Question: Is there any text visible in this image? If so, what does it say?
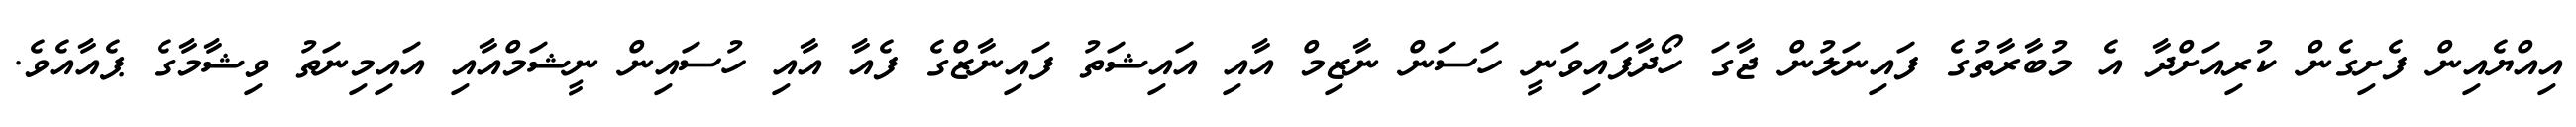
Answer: އިއްޔެއިން ފެށިގެން ކުރިއަށްދާ އެ މުބާރާތުގެ ފައިނަލުން ޖާގަ ހޯދާފައިވަނީ ހަސަން ނާޒިމް އާއި އައިޝަތު ފައިނާޒްގެ ފެއާ އާއި ހުސައިން ނީޝަމްއާއި އައިމިނަތު ވިޝާމާގެ ޕެއާއެވެ.